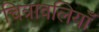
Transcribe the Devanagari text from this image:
चित्रावलियाँ